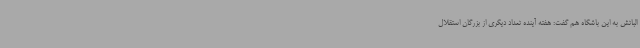
الباتش به این باشگاه هم گفت: هفته آینده تعداد دیگری از بزرگان استقلال